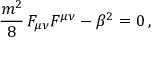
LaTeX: \frac { m ^ { 2 } } { 8 } \, F _ { \mu \nu } F ^ { \mu \nu } - \beta ^ { 2 } = 0 \, ,